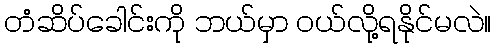
တံဆိပ်ခေါင်းကို ဘယ်မှာ ဝယ်လို့ရနိုင်မလဲ။